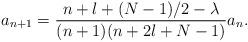
LaTeX: \begin{align*}a_{n+1}=\frac{n+l+(N-1)/2-\lambda}{(n+1)(n+2l+N-1)}a_n.\end{align*}